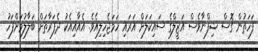
ފަހަތުން ގޮސް ޝިފްނާވެސް އަޒީލްގެ ސައިކަލަށް އަރައި ހަމަޖެހިލިއެވެ. އެއާއިއެކު ދެފަރާތަށް ބަލާލުމަށްފަހު